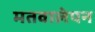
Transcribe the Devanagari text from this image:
मतवालेपन